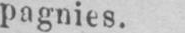
pagnies.